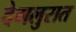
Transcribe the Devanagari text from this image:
देगलुरात